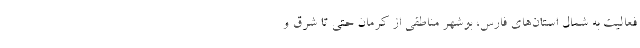
فعالیت به شمال استان‌های فارس، بوشهر مناطقی از کرمان حتی تا شرق و